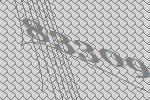
83309